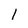
Character: l